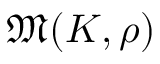
{ \mathfrak { M } } ( K , \rho )